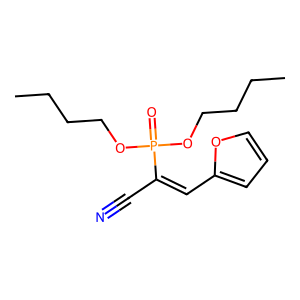
SMILES: CCCCOP(=O)(OCCCC)C(C#N)=Cc1ccco1
Inhibits HIV replication: No